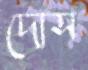
দোস